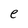
Character: e